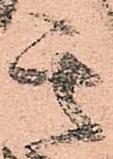
其